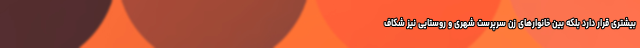
بیشتری قرار دارد بلکه بین خانوارهای زن سرپرست شهری و روستایی نیز شکاف